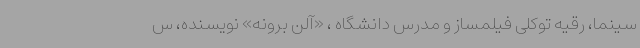
سینما، رقیه توکلی فیلمساز و مدرس دانشگاه ، «آلن برونه» نویسنده، س